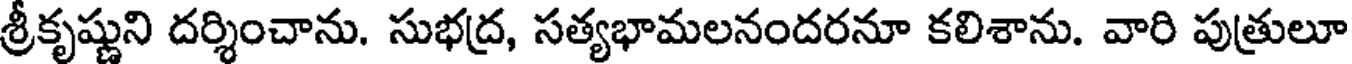
శ్రీకృష్ణుని దర్శించాను. సుభద్ర, సత్యభామలనందరనూ కలిశాను. వారి పుత్రులూ